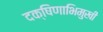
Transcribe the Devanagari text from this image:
दक्षिणाभिमुखी